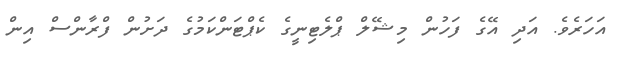
އަހަރެވެ. އަދި އޭގެ ފަހުން މިޝޭލް ޕްލެޓިނީގެ ކެޕްޓަންކަމުގެ ދަށުން ފްރާންސް އިން